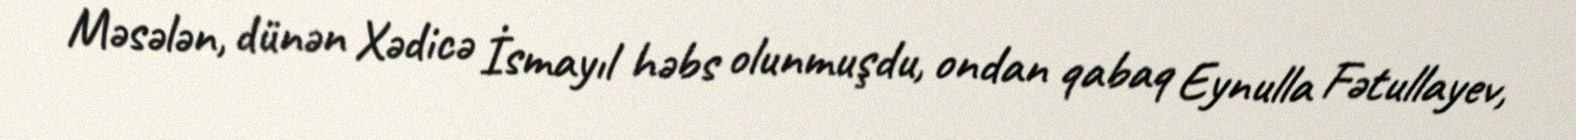
Məsələn, dünən Xədicə İsmayıl həbs olunmuşdu, ondan qabaq Eynulla Fətullayev,